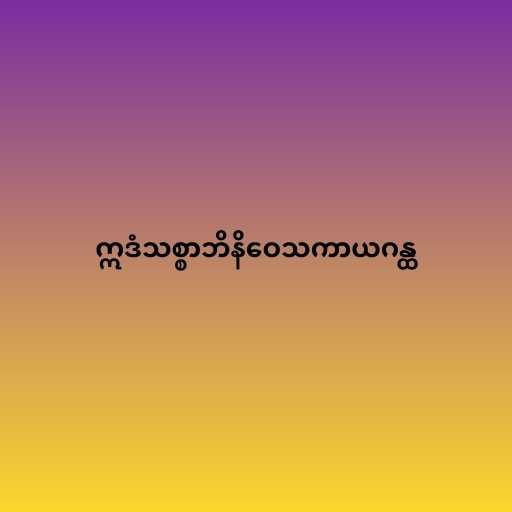
ဣဒံသစ္စာဘိနိဝေသကာယဂန္ထ